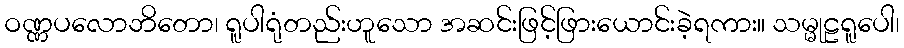
ဝဏ္ဏပလောဘိတော၊ ရူပါရုံတည်းဟူသော အဆင်းဖြင့်ဖြားယောင်းခဲ့ရကား။ သမ္မုဠရူပေါ၊